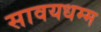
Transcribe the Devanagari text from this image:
सावयधम्म